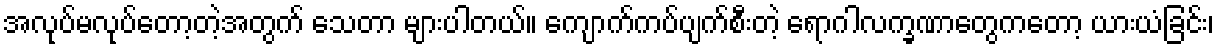
အလုပ်မလုပ်တော့တဲ့အတွက် သေတာ များပါတယ်။ ကျောက်ကပ်ပျက်စီးတဲ့ ရောဂါလက္ခဏာတွေကတော့ ယားယံခြင်း၊